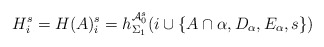
\begin{align*}H^s_i=H(A)^s_i = h^{\mathcal{A}_0^s}_{\Sigma_1}(i \cup \{ A\cap \alpha, D_\alpha, E_\alpha, s\})\end{align*}